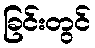
ခြင်းတွင်